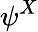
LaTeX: \psi^{X}